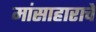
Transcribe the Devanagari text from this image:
मांसाहाराचे